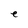
Character: e